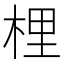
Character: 梩